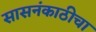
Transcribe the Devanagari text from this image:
सासनंकाठीचा